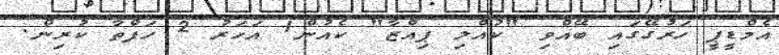
އެމްޑީޕީ ހަރުގޭގައި ބޭއްވި "ކުއްލި ޕިއްޒާ" ކެއުން1 އަހަރު 2 ހަފްތާ ކުރިން.